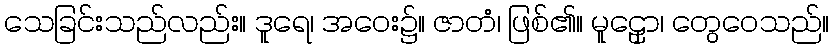
သေခြင်းသည်လည်း။ ဒူရေ၊ အဝေး၌။ ဇာတံ၊ ဖြစ်၏။ မူဠှော၊ တွေဝေသည်။